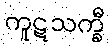
ကူဋသက္ခီ